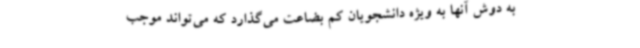
به دوش آنها به ویژه دانشجویان کم بضاعت می‌گذارد که می‌تواند موجب